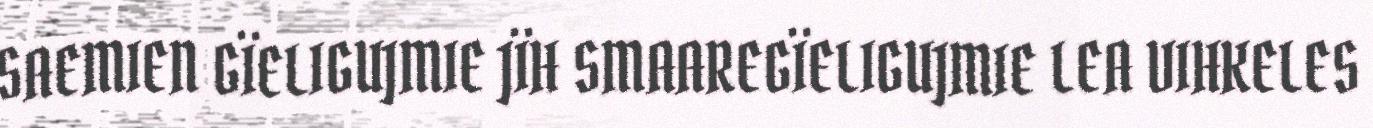
SAEMIEN GÏELIGUJMIE JÏH SMAAREGÏELIGUJMIE LEA VIHKELES